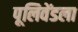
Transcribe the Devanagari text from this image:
पूलिवेंडला